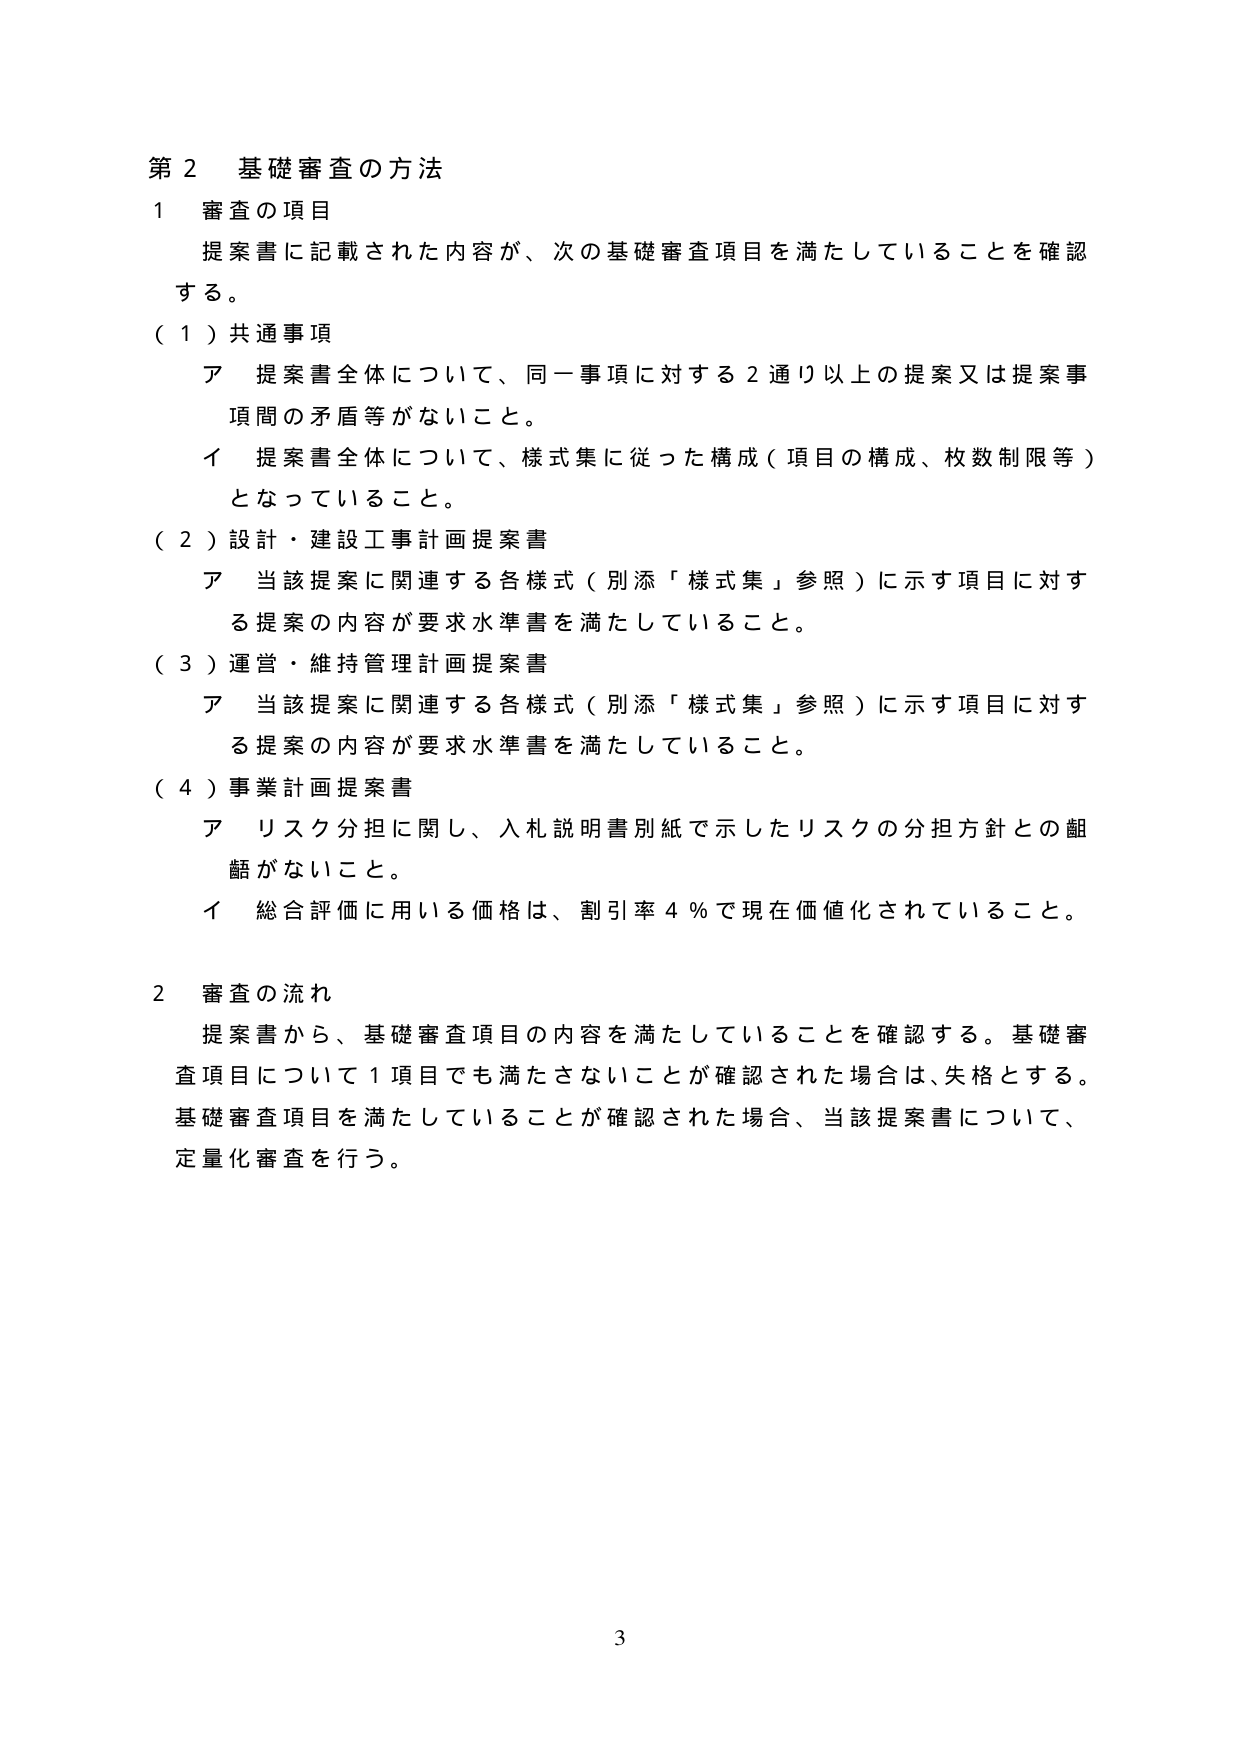
第２ 基礎審査の方法

１ 審査の項目
提案書に記載された内容が、次の基礎審査項目を満たしていることを確認する。

（１）共通事項
ア 提案書全体について、同一事項に対する２通り以上の提案又は提案事項間の矛盾等がないこと。
イ 提案書全体について、様式集に従った構成（項目の構成、枚数制限等）となっていること。

（２）設計・建設工事計画提案書
ア 当該提案に関連する各様式（別添「様式集」参照）に示す項目に対する提案の内容が要求水準書を満たしていること。

（３）運営・維持管理計画提案書
ア 当該提案に関連する各様式（別添「様式集」参照）に示す項目に対する提案の内容が要求水準書を満たしていること。

（４）事業計画提案書
ア リスク分担に関し、入札説明書別紙で示したリスクの分担方針との齟齬がないこと。
イ 総合評価に用いる価格は、割引率４％で現在価値化されていること。

２ 審査の流れ
提案書から、基礎審査項目の内容を満たしていることを確認する。基礎審査項目について１項目でも満たさないことが確認された場合は、失格とする。基礎審査項目を満たしていることが確認された場合、当該提案書について、定量化審査を行う。

3